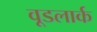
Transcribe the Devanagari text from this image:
वूडलार्क